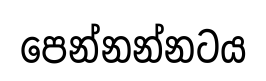
පෙන්නන්නටය